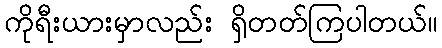
ကိုရီးယားမှာလည်း ရှိတတ်ကြပါတယ်။